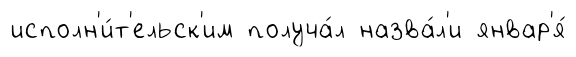
исполн'и́т'ельск'им получа́л назва́л'и январ'я́